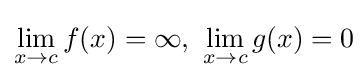
\lim _{x\to c}f(x)=\infty ,\ \lim _{x\to c}g(x)=0\!